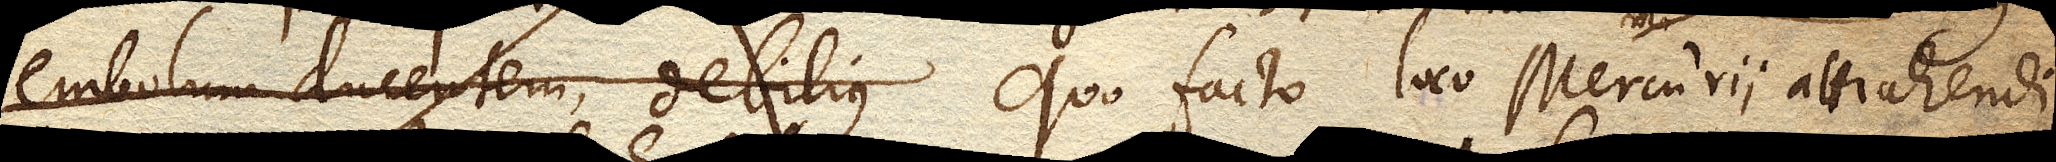
embolum ducentem, debilius quo facto loco Mercurii attrahendi